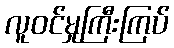
လူဝင်မှုကြီးကြပ်